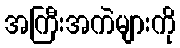
အကြီးအကဲများကို